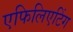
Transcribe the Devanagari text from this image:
एफिलिएटिंग